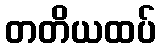
တတိယထပ်